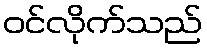
ဝင်လိုက်သည်